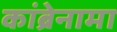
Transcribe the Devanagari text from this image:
कांब्रेनामा